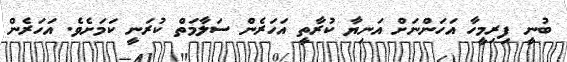
ބުނީ ފިރިމީހާ އަހަންނަށް އަނިޔާ ކުރާތީ އަހަރެން ސަލާމަތް ކުރަނީ ކަމަށެވެ. އަހަރެން